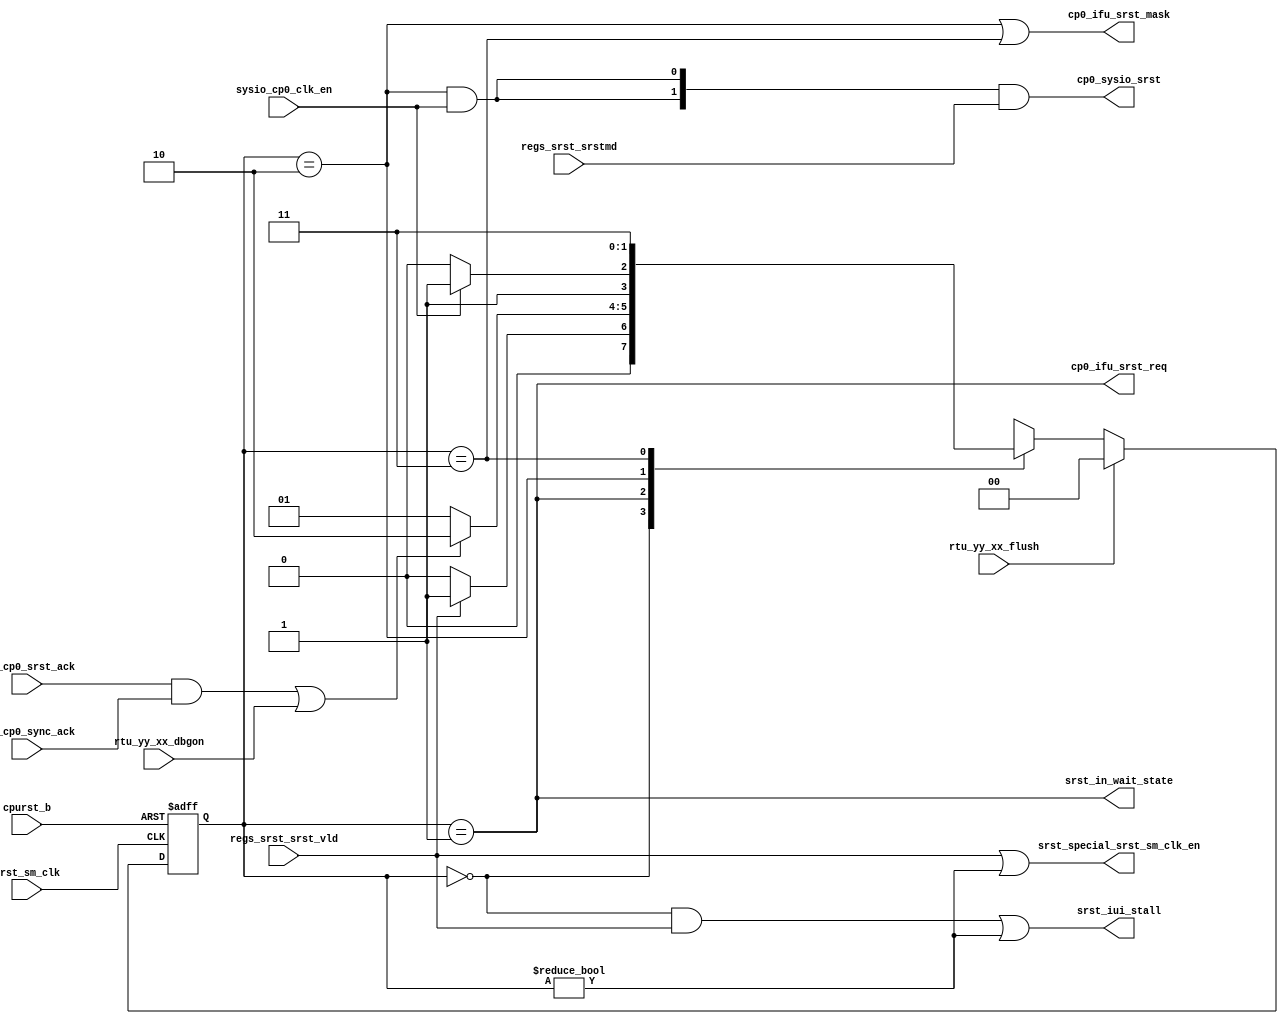
/*Copyright 2020-2021 T-Head Semiconductor Co., Ltd.

Licensed under the Apache License, Version 2.0 (the "License");
you may not use this file except in compliance with the License.
You may obtain a copy of the License at

    http://www.apache.org/licenses/LICENSE-2.0

Unless required by applicable law or agreed to in writing, software
distributed under the License is distributed on an "AS IS" BASIS,
WITHOUT WARRANTIES OR CONDITIONS OF ANY KIND, either express or implied.
See the License for the specific language governing permissions and
limitations under the License.
*/

// &ModuleBeg; @23
module pa_cp0_srst(
  cp0_ifu_srst_mask,
  cp0_ifu_srst_req,
  cp0_sysio_srst,
  cpurst_b,
  ifu_cp0_srst_ack,
  lsu_cp0_sync_ack,
  regs_srst_srst_vld,
  regs_srst_srstmd,
  rtu_yy_xx_dbgon,
  rtu_yy_xx_flush,
  srst_in_wait_state,
  srst_iui_stall,
  srst_sm_clk,
  srst_special_srst_sm_clk_en,
  sysio_cp0_clk_en
);

// &Ports; @24
input          cpurst_b;                   
input          ifu_cp0_srst_ack;           
input          lsu_cp0_sync_ack;           
input          regs_srst_srst_vld;         
input   [1:0]  regs_srst_srstmd;           
input          rtu_yy_xx_dbgon;            
input          rtu_yy_xx_flush;            
input          srst_sm_clk;                
input          sysio_cp0_clk_en;           
output         cp0_ifu_srst_mask;          
output         cp0_ifu_srst_req;           
output  [1:0]  cp0_sysio_srst;             
output         srst_in_wait_state;         
output         srst_iui_stall;             
output         srst_special_srst_sm_clk_en; 

// &Regs; @25
reg     [1:0]  cur_state;                  
reg     [1:0]  next_state;                 

// &Wires; @26
wire           cp0_ifu_srst_mask;          
wire           cp0_ifu_srst_req;           
wire    [1:0]  cp0_sysio_srst;             
wire           cpurst_b;                   
wire           ifu_cp0_srst_ack;           
wire           lsu_cp0_sync_ack;           
wire           regs_srst_srst_vld;         
wire    [1:0]  regs_srst_srstmd;           
wire           rtu_yy_xx_dbgon;            
wire           rtu_yy_xx_flush;            
wire           srst_ack;                   
wire           srst_cmplt;                 
wire           srst_in_wait_state;         
wire           srst_iui_stall;             
wire           srst_sm_clk;                
wire           srst_sm_clk_en;             
wire           srst_special_srst_sm_clk_en; 
wire           sysio_cp0_clk_en;           


parameter IDLE   = 2'b00;
parameter WFACK  = 2'b01;
parameter WFCPLT = 2'b10;
parameter WFRST  = 2'b11;

//==========================================================
//                 Instance of Gated Cell  
//==========================================================
assign srst_sm_clk_en = regs_srst_srst_vld || (cur_state[1:0] != IDLE); 

//-----------------------------------------------------
// Request the BIU to enter low power mode and do
// not accept any more transaction from IFU or LSU
//-----------------------------------------------------

//-------------------FSM of srst req logic-----------------
// State Description:
// IDLE     : no srst instruction (wait,stop,doze)
// WFACK    : request sysio and wait for sysio ack
//           the srst request        
//-----------------------------------------------------

always @(posedge srst_sm_clk or negedge cpurst_b)
begin
  if(!cpurst_b)
    cur_state[1:0] <= IDLE;
  else if(rtu_yy_xx_flush)
    cur_state[1:0] <= IDLE;
  else
    cur_state[1:0] <= next_state[1:0];
end

// &CombBeg; @60
always @( cur_state[1:0]
       or regs_srst_srst_vld
       or sysio_cp0_clk_en
       or srst_ack)
begin
    case(cur_state[1:0])
  IDLE   : if(regs_srst_srst_vld)
             next_state[1:0] = WFACK;
           else
             next_state[1:0] = IDLE;
  WFACK  : if(srst_ack)
             next_state[1:0] = WFCPLT;
           else
             next_state[1:0] = WFACK;
  WFCPLT : if(sysio_cp0_clk_en)
             next_state[1:0] = WFRST;
           else
             next_state[1:0] = WFCPLT;
  WFRST  :   next_state[1:0] = WFRST;
  default:   next_state[1:0] = IDLE;
  endcase
// &CombEnd; @77
end

assign srst_in_wait_state = (cur_state[1:0] == WFACK);
assign srst_cmplt         = (cur_state[1:0] == WFCPLT);


//-------------------control signal by srst FSM-------------
assign srst_iui_stall = (cur_state[1:0] == IDLE) && regs_srst_srst_vld
                     || (cur_state[1:0] != IDLE);

assign cp0_ifu_srst_req = srst_in_wait_state;
// assign cp0_cache_srst_req = srst_in_wait_state;
// &Force("output","srst_in_wait_state"); @94
//-----------------------------------------------------
//               srst request ack 
//-----------------------------------------------------
assign srst_ack = (ifu_cp0_srst_ack && lsu_cp0_sync_ack)
               || rtu_yy_xx_dbgon;
assign cp0_sysio_srst[1:0] = {2{srst_cmplt && sysio_cp0_clk_en}} & regs_srst_srstmd[1:0];

assign cp0_ifu_srst_mask = (cur_state[1:0] == WFCPLT) || (cur_state[1:0] == WFRST);

assign srst_special_srst_sm_clk_en = srst_sm_clk_en;

// &ModuleEnd; @106
endmodule